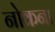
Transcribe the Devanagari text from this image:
नोकना